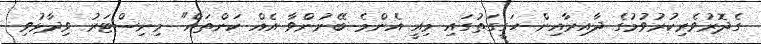
ގެދޮރުވެރިކުރުވުމުގެ ދާއިރާއިން ހަގީގަތުގައި މިއީ އެންމެ ބޭނުންވާ އެއް ކަންތައް" މިނިސްޓަރު ވިދާޅުވި